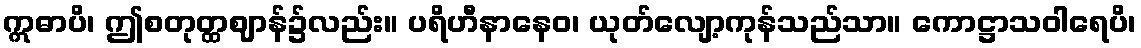
ဣဓာပိ၊ ဤစတုတ္ထဈာန်၌လည်း။ ပရိဟီနာနေဝ၊ ယုတ်လျော့ကုန်သည်သာ။ ကောဋ္ဌာသဝါရေပိ၊